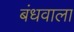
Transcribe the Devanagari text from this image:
बंधवाला